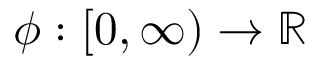
\phi : [ 0 , \infty ) \rightarrow \mathbb { R }